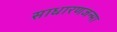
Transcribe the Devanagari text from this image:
साधारणजन्मा